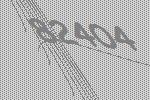
82404